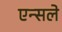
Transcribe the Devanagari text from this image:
एन्सले